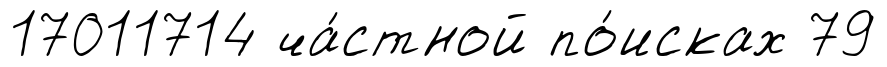
17011714 ча́стной по́исках 79